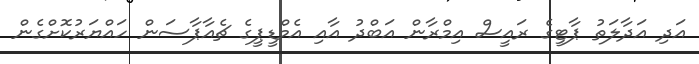
އަދި އަދާލަތު ޕާޓީގެ ރައީސް އިމްރާން އަބްދު އާއި އެމްޑީޕީގެ ޗެއާޕާސަން ހައްޔަރުކޮށްގެން